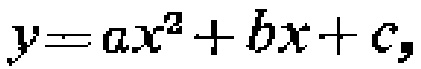
\(y = ax^{2}+bx + c,\)